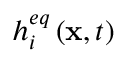
{ h _ { i } ^ { e q } \left( { { \bf { x } } , t } \right) }